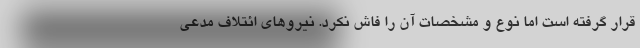
قرار گرفته است اما نوع و مشخصات آن را فاش نکرد. نیروهای ائتلاف مدعی